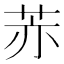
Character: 𦮰